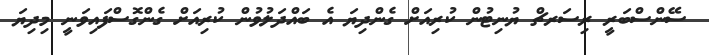
ސޭންސްބަރީ ރިސަރޗް ޔުނިޓުން ކުރިއަށް ގެންދިޔަ އެ ބައްދަލުވުން ކުރިއަށް ގެންގޮސްފައިވަނީ މިދިޔަ